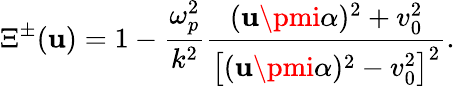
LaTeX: \Xi^{\pm}(\mathbf{u})=1-\frac{{\omega_{p}^{2}}}{{k^{2}}}\frac{{(\mathbf{u}\pmi\alpha)^{2}+v_{0}^{2}}}{{\left[(\mathbf{u}\pmi\alpha)^{2}-v_{0}^{2}\right]^{2}}}.